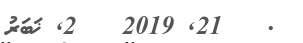
.   21